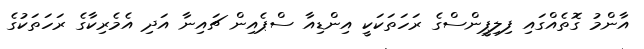
އާންމު ގޮތެއްގައި ފިލިޕީންސްގެ ރަހަތަކަކީ އިންޑިއާ ސްޕެއިން ޗައިނާ އަދި އެމެރިކާގެ ރަހަތަކުގެ